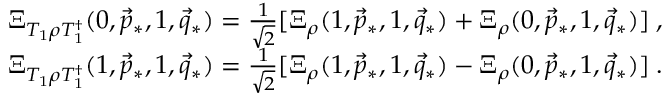
\begin{array} { r } { \Xi _ { T _ { 1 } \rho T _ { 1 } ^ { \dag } } ( 0 , \vec { p } _ { * } , 1 , \vec { q } _ { * } ) = \frac { 1 } { \sqrt { 2 } } [ \Xi _ { \rho } ( 1 , \vec { p } _ { * } , 1 , \vec { q } _ { * } ) + \Xi _ { \rho } ( 0 , \vec { p } _ { * } , 1 , \vec { q } _ { * } ) ] \; , } \\ { \Xi _ { T _ { 1 } \rho T _ { 1 } ^ { \dag } } ( 1 , \vec { p } _ { * } , 1 , \vec { q } _ { * } ) = \frac { 1 } { \sqrt { 2 } } [ \Xi _ { \rho } ( 1 , \vec { p } _ { * } , 1 , \vec { q } _ { * } ) - \Xi _ { \rho } ( 0 , \vec { p } _ { * } , 1 , \vec { q } _ { * } ) ] \; . } \end{array}